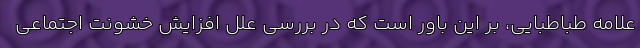
علامه طباطبایی، بر این باور است که در بررسی علل افزایش خشونت اجتماعی